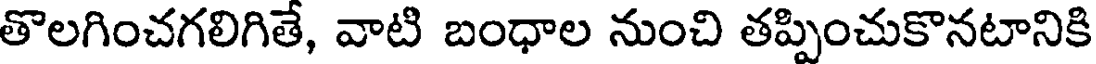
తొలగించగలిగితే, వాటి బంధాల నుంచి తప్పించుకొనటానికి